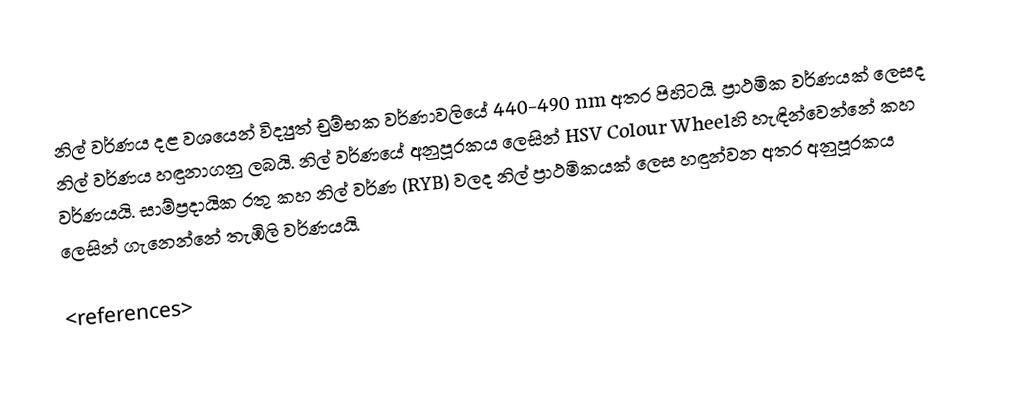
නිල් වර්ණය දළ වශයෙන් විද්‍යුත් චුම්භක වර්ණාවලියේ 440-490 nm අතර පිහිටයි. ප්‍රාථමික වර්ණයක් ලෙසද නිල් වර්ණය හඳුනාගනු ලබයි. නිල් වර්ණයේ අනුපූරකය ලෙසින් HSV Colour Wheelහි හැඳින්වෙන්නේ කහ වර්ණයයි. සාම්ප්‍රදායික රතු කහ නිල් වර්ණ (RYB) වලද නිල් ප්‍රාථමිකයක් ‍ලෙස හඳුන්වන අතර අනුපූරකය ලෙසින් ගැනෙන්නේ තැඹිලි වර්ණයයි.

<references>